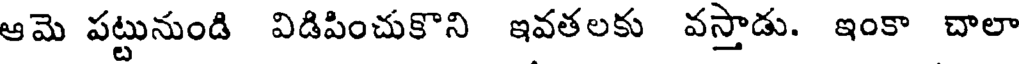
ఆమె పట్టునుండి విడిపించుకొని ఇవతలకు వస్తాడు. ఇంకా చాలా